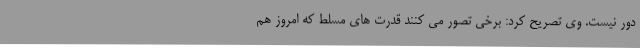
دور نیست. وی تصریح کرد: برخی تصور می کنند قدرت های مسلط که امروز هم